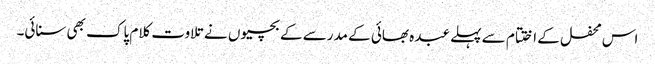
اس محفل کے اختتام سے پہلے عبدہ بھائی کے مدرسے کے بچیوں نے تلاوت کلام پاک بھی سنائی۔